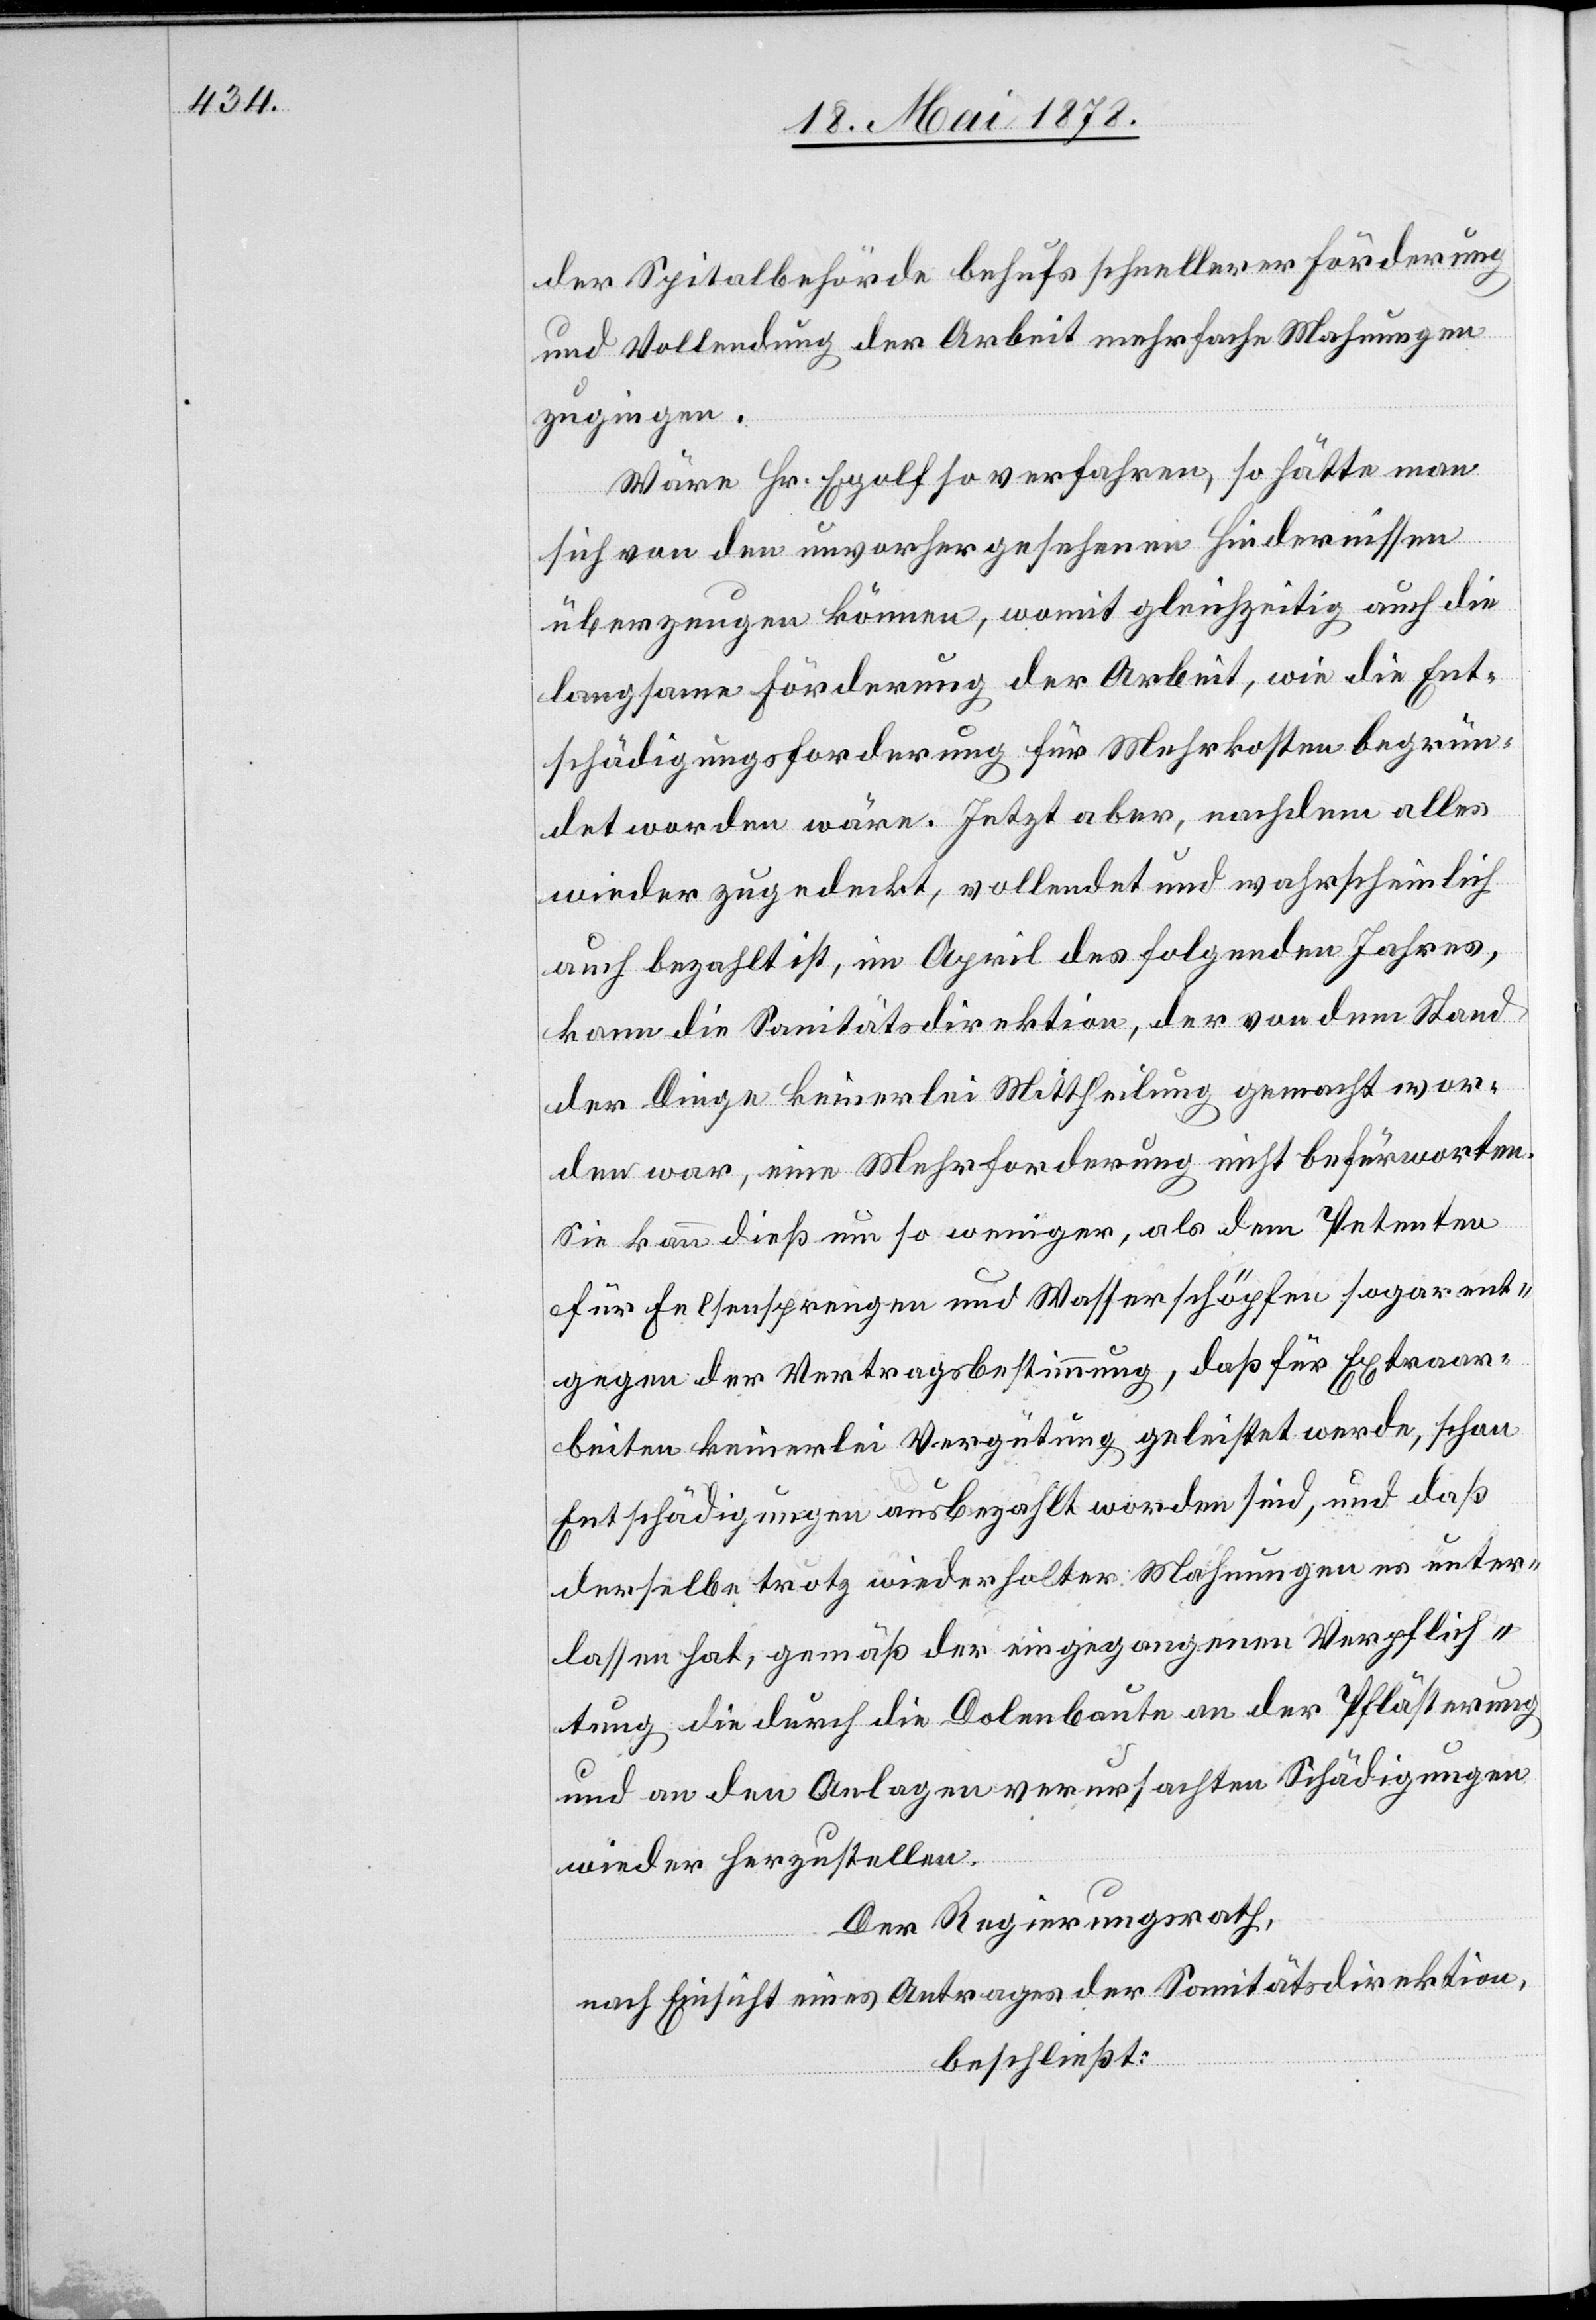
der Spitalbehörde behufs schnellerer Förderung
und Vollendung der Arbeit mehrfache Mahnungen
zugingen.
Wäre Hr. Egolf so verfahren, so hätte man
sich von den unvorhergesehenen Hindernissen
überzeugen können, womit gleichzeitig auch die
langsame Förderung der Arbeit, wie die Ent¬
schädigungsforderung für Mehrkosten begrün¬
det worden wäre. Jetzt aber, nachdem alles
wieder zugedeckt, vollendet und wahrscheinlich
auch bezahlt ist, im April des folgenden Jahres
kann die Sanitätsdirektion, der von dem Stand
der Dinge keinerlei Mittheilung gemacht wor¬
den war, eine Mehrforderung nicht befürworten.
Sie kann dieß um so weniger, als dem Petenten
für Felsensprengen und Wasserschöpfen sogar ent¬
gegen der Vertragsbestimmung, daß für Extraar¬
beiten keinerlei Vergütung geleistet werde, schon
Entschädigungen ausbezahlt worden sind, und daß
derselbe trotz wiederholter Mahnungen es unter¬
lassen hat, gemäß der eingezogenen Verpflich¬
tung die durch die Dolenbaute an der Pflästerung
und an den Anlagen verursachten Schädigungen
wieder herzustellen.
Der Regierungsrath,
nach Einsicht eines Antrages der Sanitätsdirektion,
beschließt: